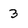
Character: 3